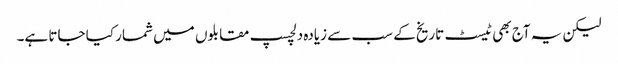
لیکن یہ آج بھی ٹیسٹ تاریخ کے سب سے زیادہ دلچسپ مقابلوں میں شمار کیا جاتا ہے۔